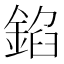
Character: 錎